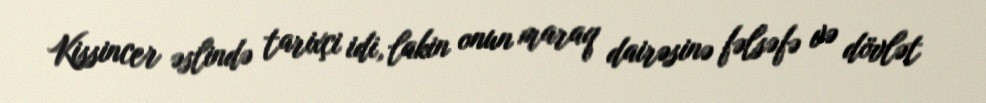
Kissincer əslində tarixçi idi, lakin onun maraq dairəsinə fəlsəfə və dövlət